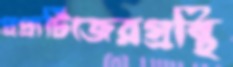
প্রপ্রার্টিজেরগ্রন্থি